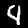
Digit: 4